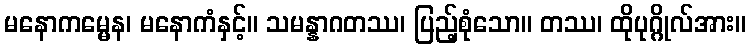
မနောကမ္မေန၊ မနောကံနှင့်။ သမန္နာဂတဿ၊ ပြည့်စုံသော။ တဿ၊ ထိုပုဂ္ဂိုလ်အား။